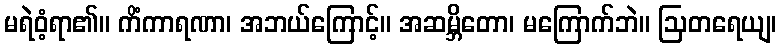
မရဲဝံ့ရာ၏။ ကိံကာရဏာ၊ အဘယ်ကြောင့်။ အဆမ္ဘိတော၊ မကြောက်ဘဲ။ ဩတရေယျ၊